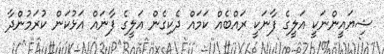
ޝިޔައީންނަކީ އަލީގެ ފާނަކީ ރައްބެއް ކަމައް ދެކިގެން އަލީގެ ފާނައް އަޅުކަން ކުރަމުންދާ